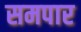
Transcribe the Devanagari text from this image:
समपार